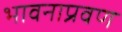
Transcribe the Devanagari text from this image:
भावनाप्रवण